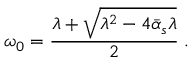
\omega _ { 0 } = { \frac { \lambda + \sqrt { \lambda ^ { 2 } - 4 \bar { \alpha } _ { s } \lambda } } { 2 } } \; .